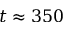
t \approx 3 5 0